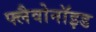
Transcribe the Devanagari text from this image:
फ्लैवोनाॅइड